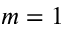
m = 1